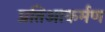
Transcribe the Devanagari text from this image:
प्रतिआकर्मण